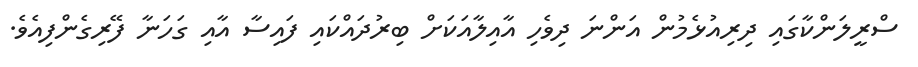
ސްރީލަންކާގައި ދިރިއުޅެމުން އަންނަ ދިވެހި އާއިލާއަކަށް ބިރުދައްކައި ފައިސާ އާއި ގަހަނާ ފޭރިގެންފިއެވެ.